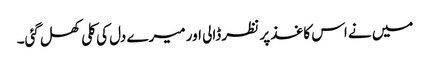
میں نے اس کاغذ پر نظر ڈالی اور میرے دل کی کلی کھل گئی۔